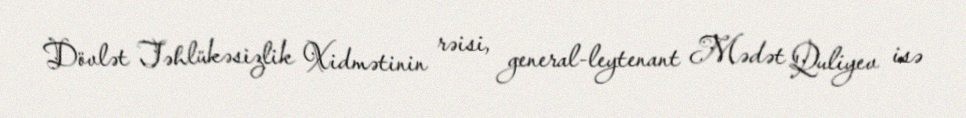
Dövlət Təhlükəsizlik Xidmətinin rəisi, general-leytenant Mədət Quliyev isə